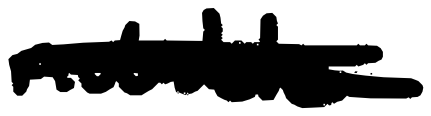
Text: notable
Cross-out: double-line
Writing tool: digital_black